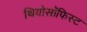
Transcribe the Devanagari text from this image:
थियोसॉफिस्ट